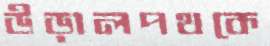
উড়ালপথকে